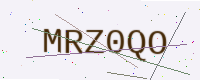
Text: MRZ0QO